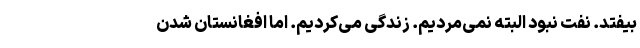
بیفتد. نفت نبود البته نمی‌مردیم. زندگی می‌کردیم. اما افغانستان شدن